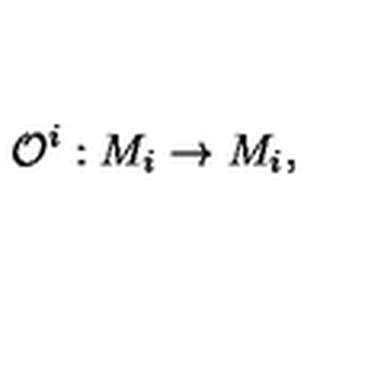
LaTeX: { \cal O } ^ { i } : M _ { i } \rightarrow M _ { i } ,